65_HS1-834228961_62-HQ-83894_Section_10
Agency: FBI
Page 108
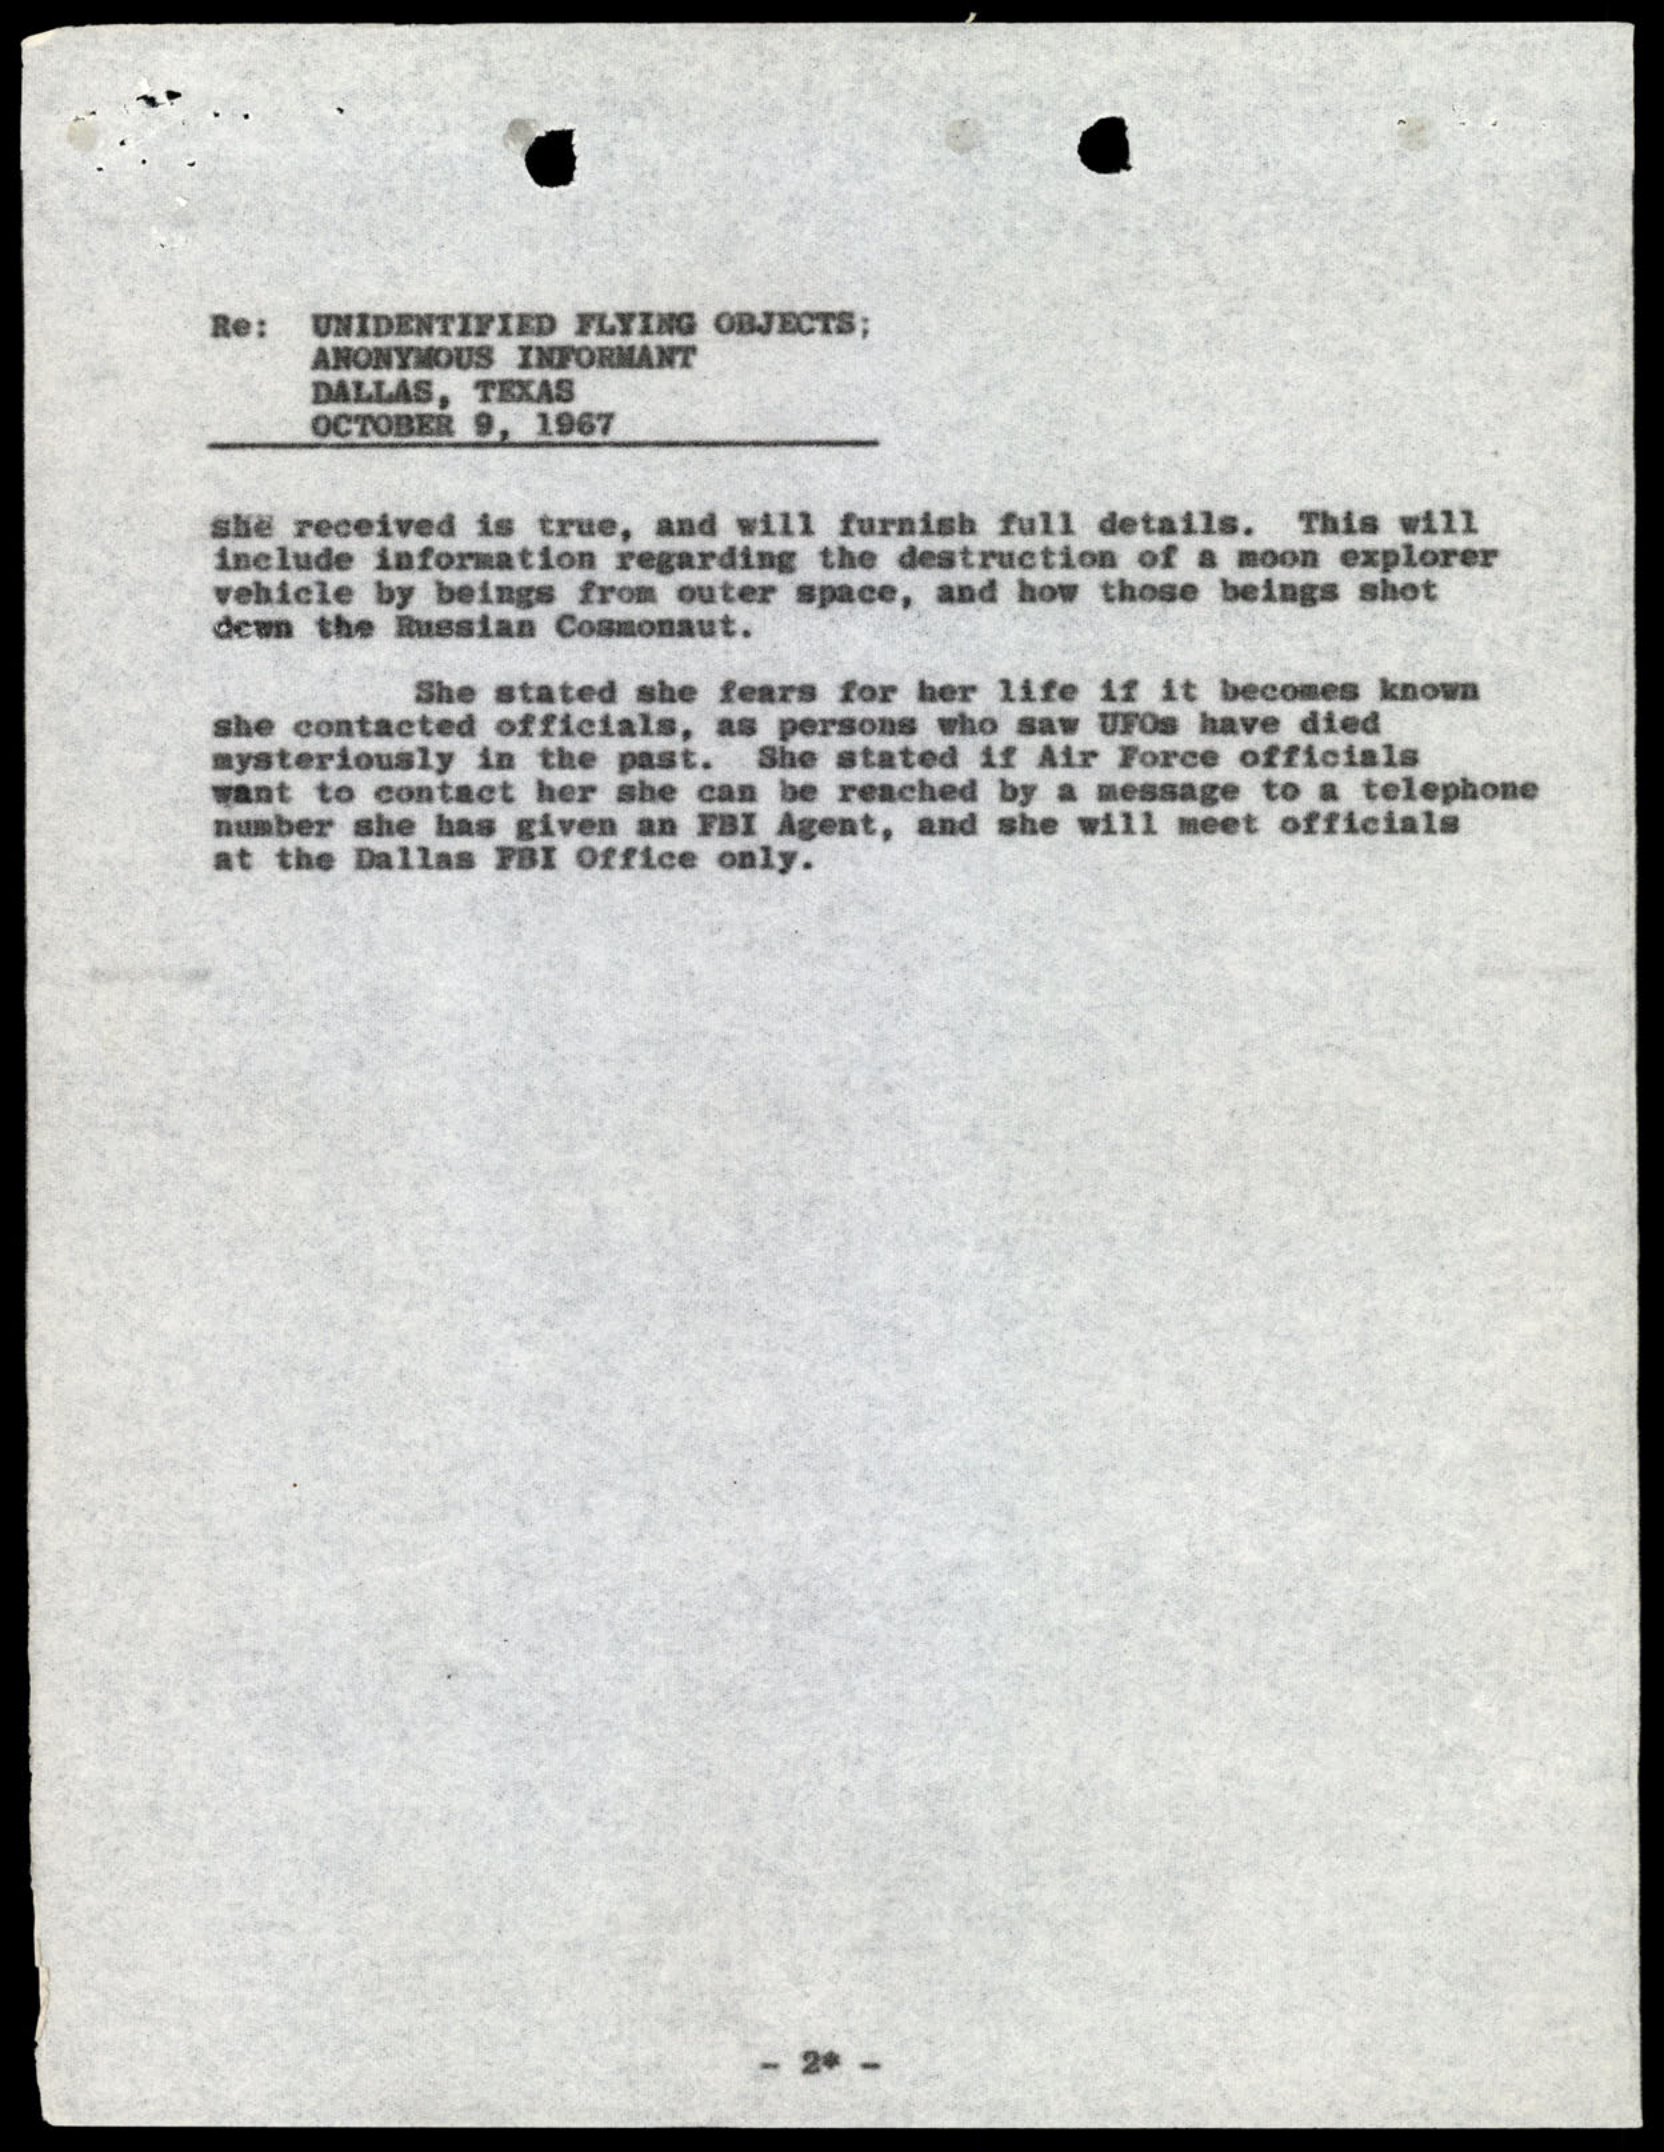